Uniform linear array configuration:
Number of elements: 48
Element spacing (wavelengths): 0.5
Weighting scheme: cosine
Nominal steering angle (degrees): -30
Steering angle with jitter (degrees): -29.54
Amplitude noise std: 0.05
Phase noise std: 0.05

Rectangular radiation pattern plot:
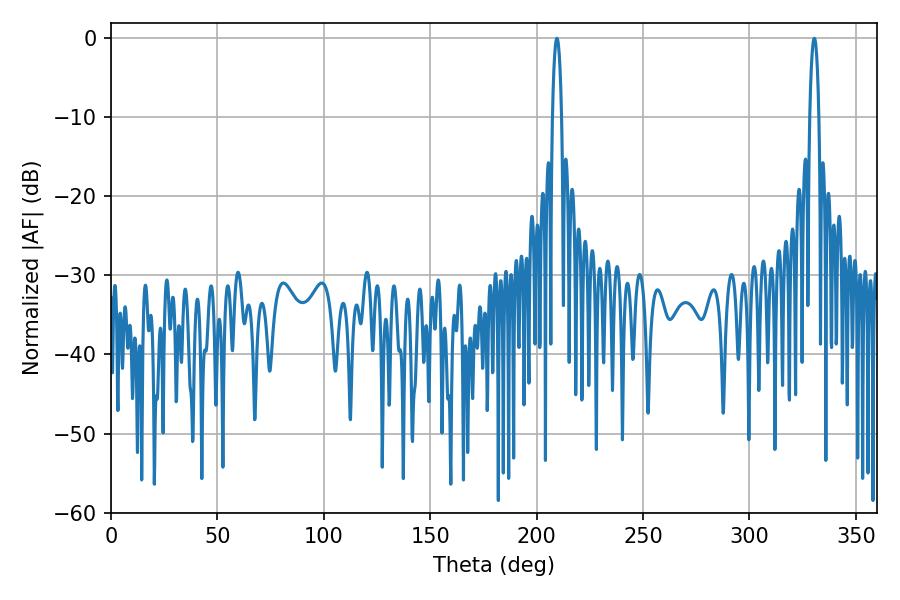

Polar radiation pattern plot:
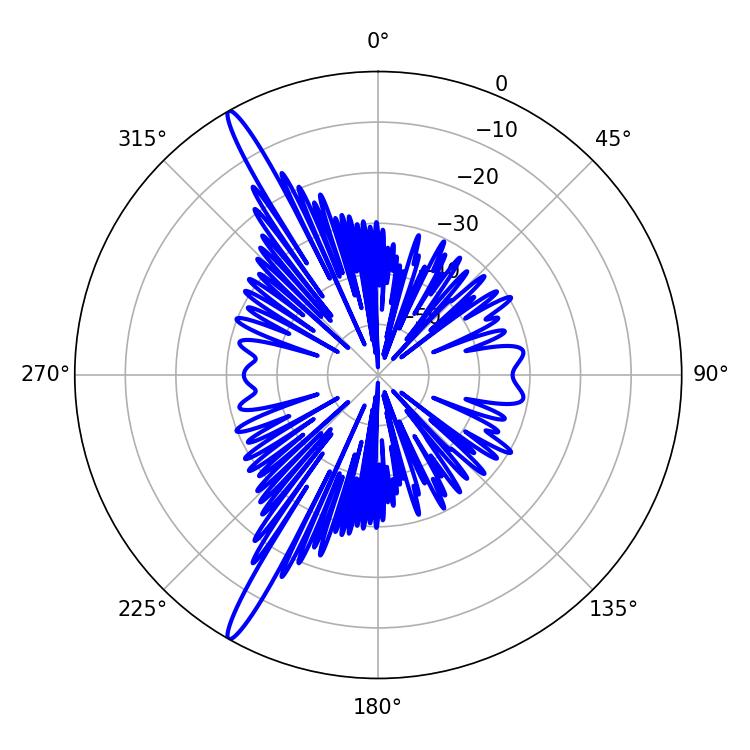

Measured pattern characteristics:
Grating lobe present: FALSE
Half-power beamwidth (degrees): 2.52
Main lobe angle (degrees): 209.52